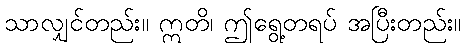
သာလျှင်တည်း။ ဣတိ၊ ဤရွေ့တရပ် အပြီးတည်း။